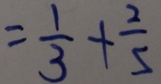
= \frac { 1 } { 3 } + \frac { 2 } { 5 }